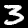
Digit: 3